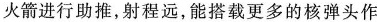
火箭进行助推，射程远，能搭载更多的核弹头作